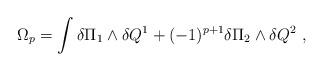
LaTeX: \begin{align*}\Omega_p = \int \delta \Pi_1 \wedge \delta Q^1 + (-1)^{p+1}\delta \Pi_2 \wedge \delta Q^2\ ,\end{align*}